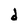
Character: d